Anatomy and histology of ticks - Number 23
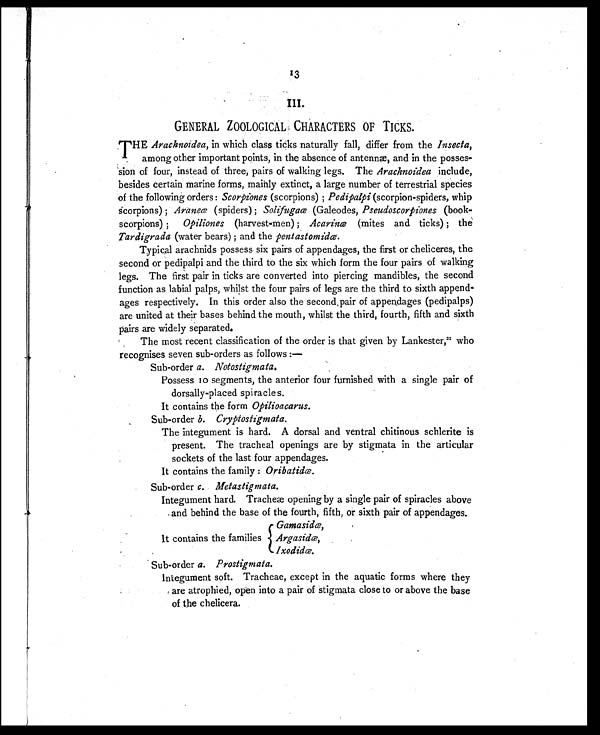
13
III.
GENERAL ZOOLOGICAL CHARACTERS OF TICKS.
THE Arachnoidea, in which class ticks naturally fall, differ from the Insecta,
among other important points, in the absence of antennæ, and in the posses-
sion of four, instead of three, pairs of walking legs. The Arachnoidea include,
besides certain marine forms, mainly extinct, a large number of terrestrial species
of the following orders: Scorpiones (scorpions) ; Pedipalpi (scorpion-spiders, whip
scorpions) ; Araneæ (spiders) ; Solifugaæ (Galeodes, Pseudoscorpiones (book-
scorpions) Opiliones (harvest-men) ; Acarinæ (mites and ticks) ; the
Tardigrada (water bears) ; and the pentastomidæ.
Typical arachnids possess six pairs of appendages, the first or cheliceres, the
second or pedipalpi and the third to the six which form the four pairs of walking
legs. The first pair in ticks are converted into piercing mandibles, the second
function as labial palps, whilst the four pairs of legs are the third to sixth append-
ages respectively. In this order also the second pair of appendages (pedipalps)
are united at their bases behind the mouth, whilst the third, fourth, fifth and sixth
pairs are widely separated.
The most recent classification of the order is that given by Lankester, 21 who
recognises seven sub-orders as follows:—
Sub-order a. Notostigmata.
Possess 10 segments, the anterior four furnished with a single pair of
dorsally-placed spiracles.
It contains the form Opilioacarus.
Sub-order b. Cryptostigmata.
The integument is hard. A dorsal and ventral chitinous schlerite is
present. The tracheal openings are by stigmata in the articular
sockets of the last four appendages.
It contains the family : Oribatidæ.
Sub-order c. Metastigmata.
Integument hard. Tracheae opening by a single pair of spiracles above
and behind the base of the fourth, fifth, or sixth pair of appendages.
Gamasidæ,
It contains the families Argasidæ,
Ixodidæ.
Sub-order a. Prostigmata.
Integument soft. Tracheae, except in the aquatic forms where they
are atrophied, open into a pair of stigmata close to or above the base
of the chelicera.